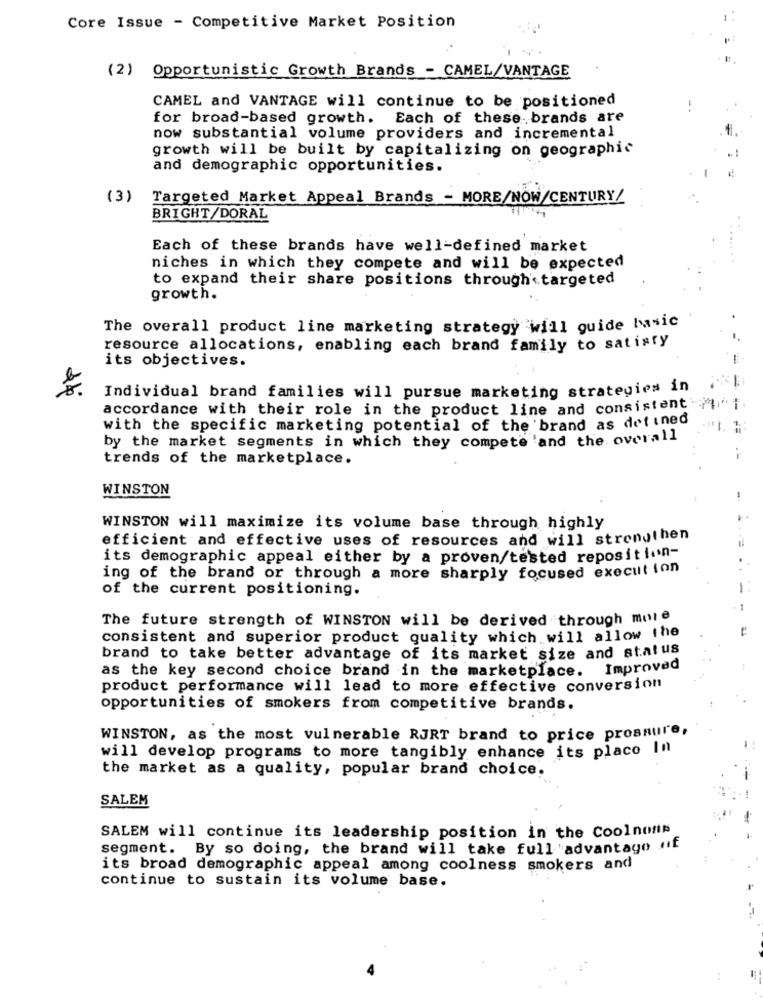
Core Issue - Competitive Market Position
(2) Opportunistic Growth Brands - CAMEL/VANTAGE
CAMEL and VANTAGE will continue to be positioned
--
for broad-based growth. Each of these brands are
now substantial volume providers and incremental
growth will be built by capitalizing on geographic
and demographic opportunities.
(3)
Targeted Market Appeal Brands - MORE/NOW/CENTURY/
BRIGHT/DORAL
Each of these brands have well-defined market
niches in which they compete and will be expected
to expand their share positions through targeted
growth.
The overall product line marketing strategy will guide Music
resource allocations, enabling each brand family to satisfy
its objectives.
Individual brand families will pursue marketing strategies in
accordance with their role in the product line and consistent .
with the specific marketing potential of the brand as defined
by the market segments in which they compete and the overall
trends of the marketplace.
WINSTON
WINSTON will maximize its volume base through highly
efficient and effective uses of resources and will strengthen
its demographic appeal either by a proven/tested reposition-
ing of the brand or through a more sharply focused execution
of the current positioning.
-
The future strength of WINSTON will be derived through mole
consistent and superior product quality which will allow the
brand to take better advantage of its market size and status
as the key second choice brand in the marketplace. Improved
product performance will lead to more effective conversion
opportunities of smokers from competitive brands.
WINSTON, as the most vulnerable RJRT brand to price prosaure,
will develop programs to more tangibly enhance its placo In
the market as a quality, popular brand choice.
SALEM
-
SALEM will continue its leadership position in the Coolnons
segment. By so doing, the brand will take full 'advantage uf
its broad demographic appeal among coolness smokers and
continue to sustain its volume base.